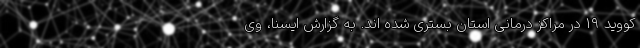
کووید ۱۹ در مراکز درمانی استان بستری شده اند. به گزارش ایسنا، وی